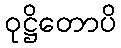
ဝုဋ္ဌိတောပိ